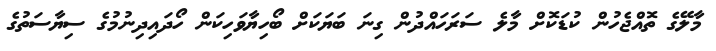
މާލޭގެ ތޮއްޖެހުން ކުޑަކޮށް މާލެ ސަރަހައްދުން ގިނަ ބަޔަކަށް ބޯހިޔާވަހިކަން ހޯދައިދިނުމުގެ ސިޔާސަތުގެ